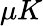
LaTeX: \mu K